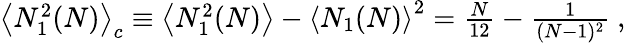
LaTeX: \begin{array}{r}{\left\langle N_{1}^{2}(N)\right\rangle_{c}\equiv\left\langle N_{1}^{2}(N)\right\rangle-\left\langle N_{1}(N)\right\rangle^{2}=\frac{N}{12}-\frac{1}{(N-1)^{2}}~,}\end{array}